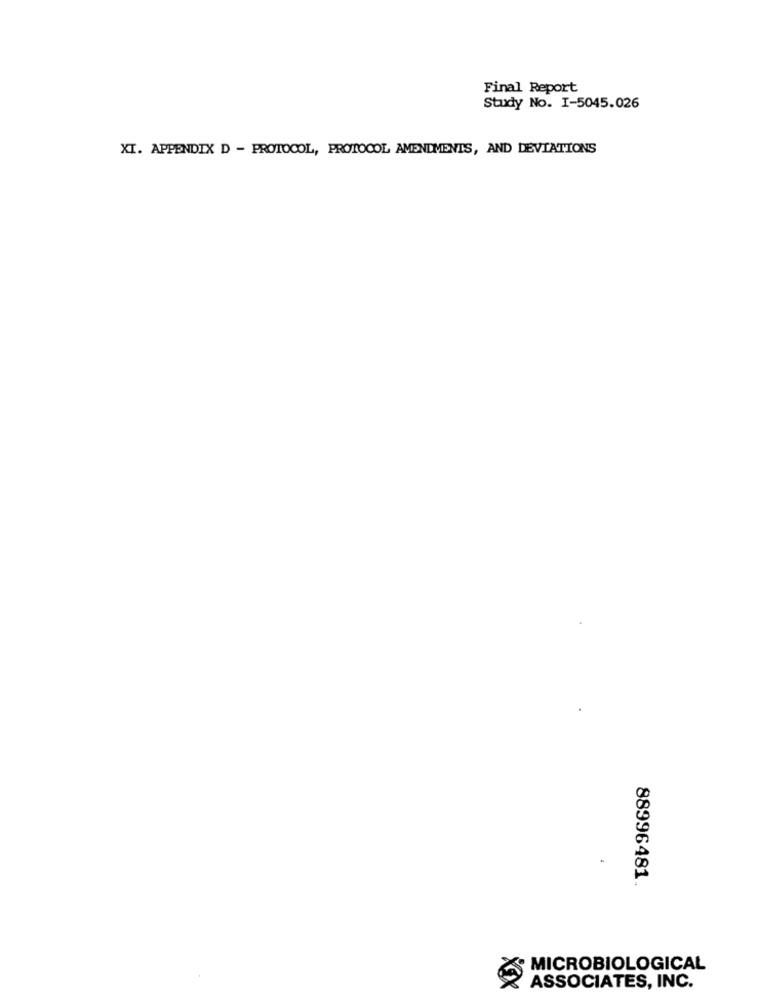
Final Report
Study No. I-5045.026
XI. APPENDIX D - PROTOCOL, PROTOCOL AMENDMENTS, AND DEVIATIONS
88996481.
MICROBIOLOGICAL
ASSOCIATES, INC.